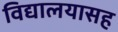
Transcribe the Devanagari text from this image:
विद्यालयासह